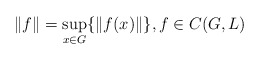
\begin{align*}\|f\|=\sup_{x\in G}\{\|f(x)\|\},f\in C(G, L)\end{align*}